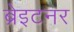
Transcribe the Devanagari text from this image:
ब्रेइटनर